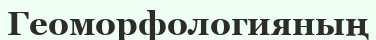
Геоморфологияның